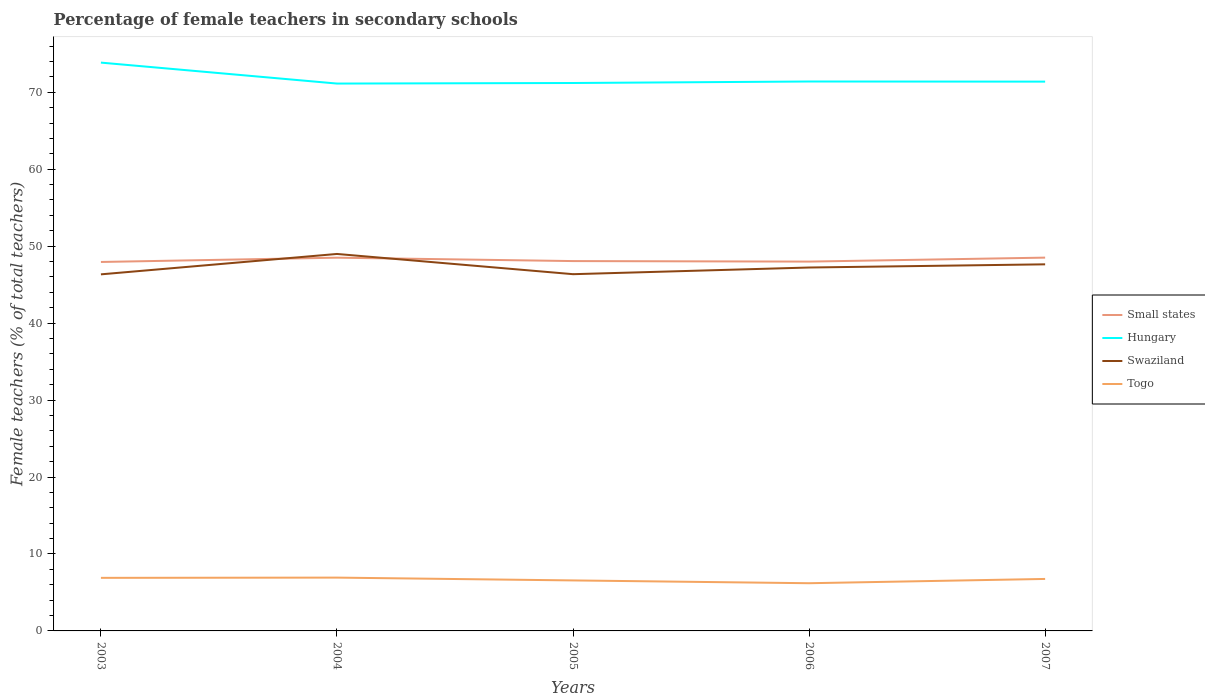
| Years | Small states | Hungary | Swaziland | Togo |
 | --- | --- | --- | --- | --- |
 | 2003 | 47.9 | 73.9 | 46.3 | 6.9 |
 | 2004 | 48.5 | 71.1 | 49 | 6.93 |
 | 2005 | 48.1 | 71.2 | 46.4 | 6.56 |
 | 2006 | 48 | 71.4 | 47.2 | 6.2 |
 | 2007 | 48.5 | 71.4 | 47.6 | 6.75 |